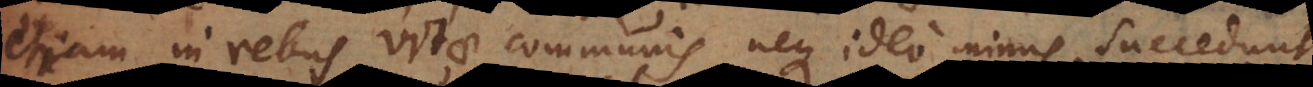
etiam in rebus vitae communis, neque ideo minus succedunt